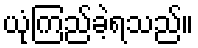
ယုံကြည်ခဲ့ရသည်။